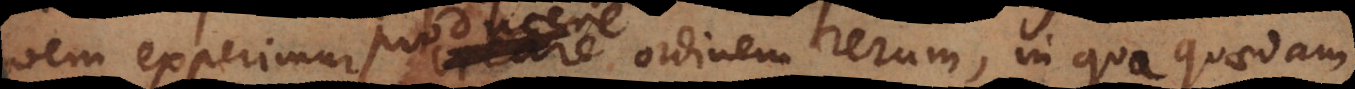
quem experimur, producere ordinem rerum, in quo quaedam